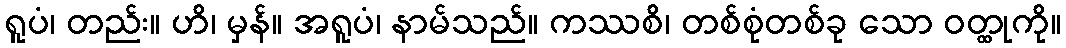
ရူပံ၊ တည်း။ ဟိ၊ မှန်။ အရူပံ၊ နာမ်သည်။ ကဿစိ၊ တစ်စုံတစ်ခု သော ဝတ္ထုကို။